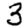
Digit: 3